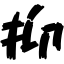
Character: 抑